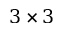
3 \times 3